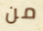
من